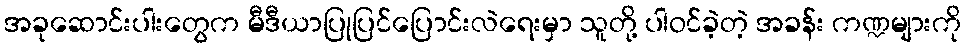
အခုဆောင်းပါးတွေက မီဒီယာပြုပြင်ပြောင်းလဲရေးမှာ သူတို့ ပါဝင်ခဲ့တဲ့ အခန်း ကဏ္ဍများကို